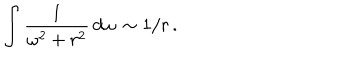
\int \frac { 1 } { \omega ^ { 2 } + r ^ { 2 } } \, d \omega \, \sim 1 / r \, .